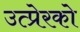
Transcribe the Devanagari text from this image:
उत्प्रेरको